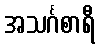
အသင်္ဂစာရီ